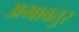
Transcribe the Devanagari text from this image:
अभावतुर